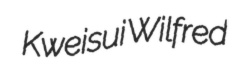
Kweisui Wilfred